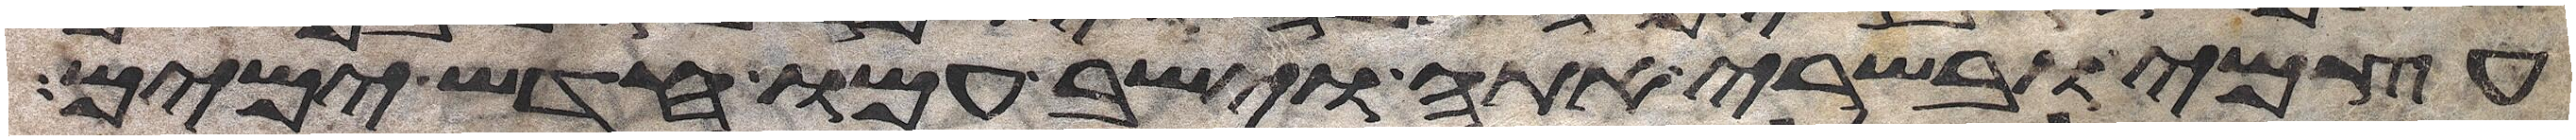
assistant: עצמי ובשרי אתה וישב עמו חדש ימים